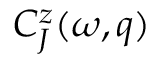
C _ { J } ^ { z } ( \omega , q )